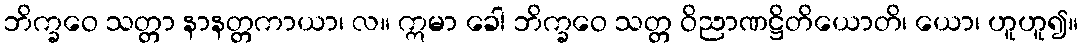
ဘိက္ခဝေ သတ္တာ နာနတ္တကာယာ၊ လ။ ဣမာ ခေါ ဘိက္ခဝေ သတ္တ ဝိညာဏဋ္ဌိတိယောတိ၊ ယော၊ ဟူဟူ၍။